Vaccination North-Western Provinces and Oudh 1896-1901 - 1896-1901
Year: 1896
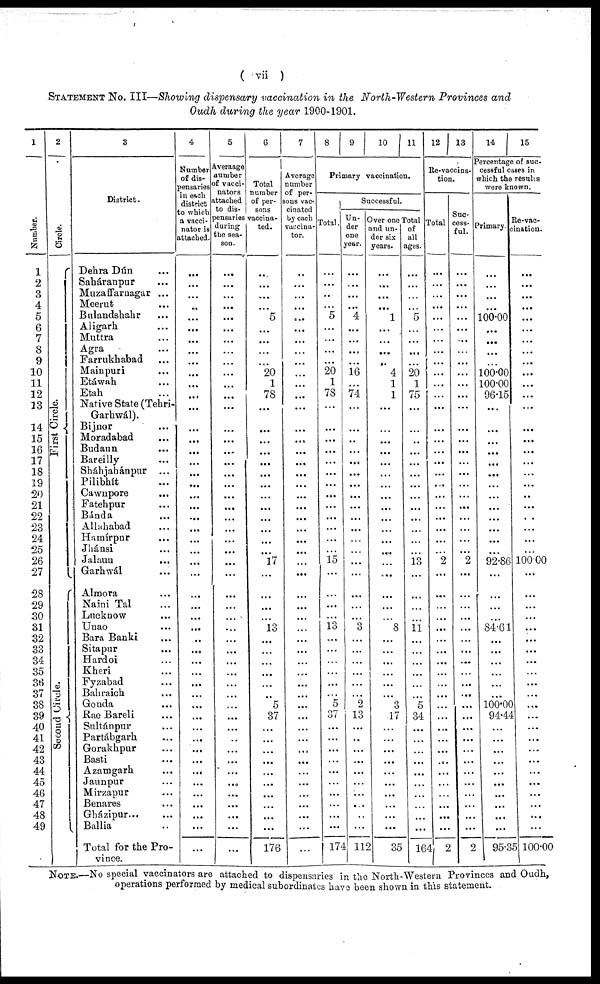
( vii )
STATEMENT No. III—Showing dispensary vaccination in the North-Western Provinces and
Oudh during the year 1900-1901.
1
Number.
1
2
3
4
5
6
7
8
9
10
11
12
13
14
15
16
17
18
19
20
21
22
23
24
25
26
27
28
29
30
31
32
33
34
35
36
37
38
39
40
41
42
43
44
45
46
47
48
49
2
Circle.
First Circle.
Second Circle.
3
District.
Dehra Dún ...
Saháranpur ...
Muzaffarnagar ...
Meerut ...
Bulandshahr ...
Aligarh ...
Muttra ...
Agra ...
Farrukhabad ...
Mainpuri ...
Etáwah ...
Etah ...
Native State (Tehri-
Garhwál).
Bijnor ...
Moradabad ...
Budaun ...
Bareilly ...
Sháhjahánpur ...
Pilibhít ...
Cawnpore ...
Fatehpur
...
Bánda ...
Allahabad
...
Hamírpur ...
Jhánsi ...
Jalaun
...
Garhwál ...
Almora ...
Naini Tal ...
Lucknow ...
Unao ...
Bara Banki ...
Sitapur ...
Hardoi ...
Kheri ...
Fyzabad ...
Bahraich ...
Gonda ...
Rae Bareli ...
Sultánpur ...
Partábgarh ...
Gorakhpur ...
Basti ...
Azamgarh ...
Jaunpur...
Mirzapur ...
Benares ...
Gházipur... ...
Ballia ... ...
Total for the Pro-
vince.
4
Number
of dis-
pensaries
in each
district
to which
a vacci-
nator is
attached.
...
...
...
...
...
...
...
...
...
...
...
...
...
...
...
...
...
...
...
...
...
...
...
...
...
...
...
...
...
...
...
...
...
...
...
...
...
...
...
...
...
...
...
...
...
...
...
...
...
...
5
Averaage
number
of vacci-
nators
attached
to dis-
pensaries
during
the sea-
son.
...
...
...
...
...
...
...
...
...
...
...
...
...
...
...
...
...
...
...
...
...
...
...
...
...
...
...
...
...
...
...
...
...
...
...
...
...
...
...
...
..
...
...
...
...
...
...
...
...
...
6
Total
number
of per-
sons
vaccina-
ted.
...
...
...
...
5
...
...
...
...
20
1
78
...
...
...
...
...
...
...
...
...
...
...
...
...
17
...
...
...
...
13
...
...
...
...
...
...
5
37
...
...
...
...
...
...
...
...
...
...
176
7
Average
number
of per-
sons vac-
cinated
by each
vaccina-
tor.
...
...
...
...
...
...
...
...
...
...
...
...
...
...
...
...
...
...
...
...
...
...
...
...
...
...
...
...
...
...
...
...
...
...
...
...
...
...
...
...
...
...
...
...
...
...
...
...
...
...
8
9
10 11
Primary vaccination.
Total.
...
...
...
...
5
...
...
...
...
20
1
78
...
...
...
...
...
...
...
...
...
...
...
...
...
15
...
...
...
...
13
...
...
...
...
...
...
5
37
...
...
...
...
...
...
...
...
...
...
174
Successful.
Un-
der
one
year.
...
...
...
...
4
...
...
...
...
16
...
74
...
...
...
...
...
...
...
...
...
...
...
...
...
...
...
...
...
...
3
...
...
...
...
...
...
2
13
...
..
...
...
...
...
...
...
...
...
112
Over one
and un-
der six
years.
...
...
...
...
1
...
...
...
...
4
1
1
...
...
...
...
...
...
...
...
...
...
...
...
...
...
...
...
...
...
8
...
...
...
...
...
...
3
17
...
...
...
...
...
...
...
...
...
...
35
Total
of
all
ages.
...
...
...
...
5
...
...
...
...
20
1
75
...
...
...
...
...
...
...
...
...
...
...
...
...
13
...
...
...
...
11
...
...
...
...
...
...
5
34
...
...
...
...
...
...
...
...
...
...
164
12 13
Re-vaccina-
tion.
Total
...
...
...
...
...
...
...
...
...
...
...
...
...
...
...
...
...
...
...
...
...
...
...
...
...
2
...
...
...
...
...
...
...
...
...
...
...
...
...
...
...
...
...
...
...
...
...
...
...
2
Suc-
cess-
ful.
...
...
...
...
...
...
...
...
...
...
...
...
...
...
...
...
...
...
...
...
...
...
...
...
...
2
...
...
...
...
...
...
...
...
...
...
...
...
...
...
...
...
...
...
...
...
...
...
...
2
14.
15
Percentage of suc-
cessful cases in
which the results
were known.
Primary.
...
...
...
...
100.00
...
...
...
...
100.00
100.00
96.15
...
...
...
...
...
...
...
...
...
...
...
...
...
92.86
...
...
...
...
84.61
...
...
...
...
...
...
100.00
94.44
...
...
...
...
...
...
...
...
...
...
95.35
Re-vac-
cination.
...
...
...
...
...
...
...
...
...
...
...
...
...
...
...
...
...
...
...
...
...
...
...
...
...
100.00
...
...
...
...
...
...
...
...
...
...
...
...
...
...
...
...
...
...
...
...
...
...
...
100.00
NOTE.—No special vaccinators are attached to dispensaries in the North-Western Provinces and Oudh,
operations performed by medical subordinates have been shown in this statement.